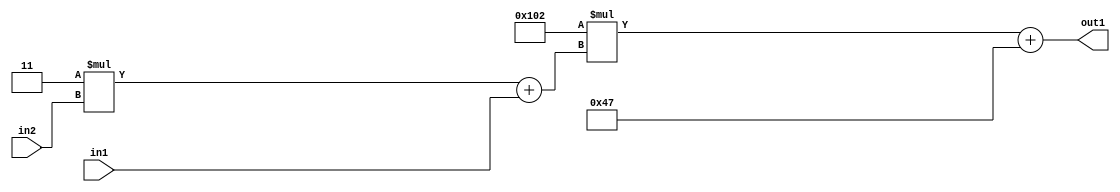
`timescale 1ps / 1ps
/*****************************************************************************
    Verilog RTL Description
    
    
    Created by: Stratus DpOpt 2019.1.01 
*******************************************************************************/

module DC_Filter_Add2i71Mul2i258Add2u1Mul2i3u2_1 (
	in2,
	in1,
	out1
	); /* architecture "behavioural" */ 
input [1:0] in2;
input  in1;
output [11:0] out1;
wire [11:0] asc001;
wire [3:0] asc002;

wire [3:0] asc002_tmp_0;
assign asc002_tmp_0 = 
	+(4'B0011 * in2);
assign asc002 = asc002_tmp_0
	+(in1);

wire [11:0] asc001_tmp_1;
assign asc001_tmp_1 = 
	+(12'B000100000010 * asc002);
assign asc001 = asc001_tmp_1
	+(12'B000001000111);

assign out1 = asc001;
endmodule

/* CADENCE  v7b1TgE= : u9/ySgnWtBlWxVPRXgAZ4Og= ** DO NOT EDIT THIS LINE ******/